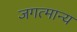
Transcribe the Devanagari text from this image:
जगत्मान्य